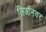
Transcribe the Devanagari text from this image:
लिऑनवर